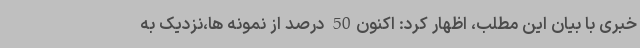
خبری با بیان این مطلب، اظهار کرد: اکنون50 درصد از نمونه ها،نزدیک به